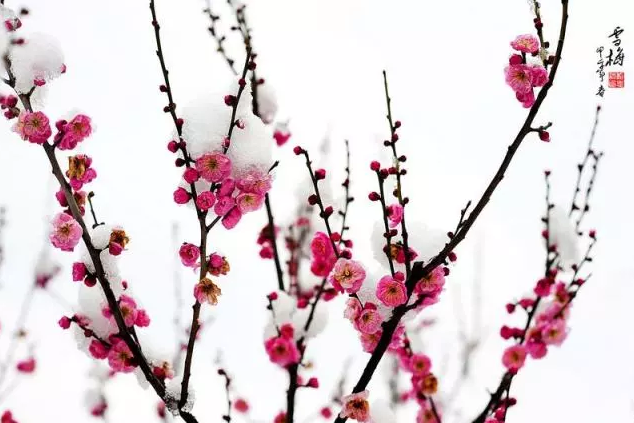
白梅懒赋赋红梅，逞艳先迎醉眼开。